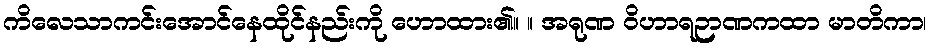
ကိလေသာကင်းအောင်နေထိုင်နည်းကို ဟောထား၏။ ။ အရုဏ ဝိဟာရဉာဏကထာ မာတိကာ၊